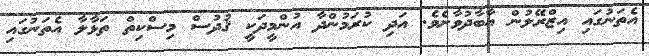
އެތަނުގައި އިޒްރޭލުން އާބާދުވާށެވެ. އަދި ކުރަމުންދާ އުންމީދަކީ ޤުދުސް މިސްކިތް ތަޅާލާ އެތަނުގައި